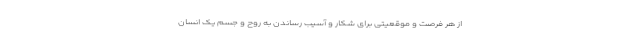
از هر فرصت و موقعیتی برای شکار و آسیب رساندن به روح و جسم یک انسان